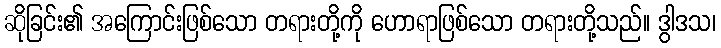
ဆိုခြင်း၏ အကြောင်းဖြစ်သော တရားတို့ကို ဟောရာဖြစ်သော တရားတို့သည်။ ဒွါဒသ၊